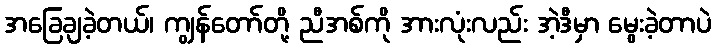
အခြေချခဲ့တယ်၊ ကျွန်တော်တို့ ညီအစ်ကို အားလုံးလည်း အဲ့ဒီမှာ မွေးခဲ့တာပဲ